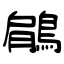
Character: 鵳